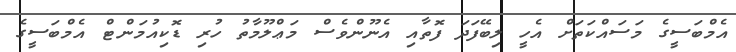
އެމްބަސީގެ މަސައްކަތަށް އެހީ ލިބޭފަދަ ފޮތާއި އެނޫންވެސް މަޢްލޫމާތު ހުރި ޑޮކިއުމަންޓް އެމްބަސީގެ